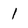
Character: l